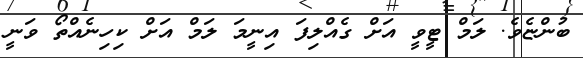
ބުންޏެވެ. ލަމް ޓީވީ އަށް ގެއްލިފަ އިނީމަ ލަމް އަށް ކިހިނެއްތޯ ވަނީ